system: You are a helpful assistant.
user:
Analyze the provided spectrum to determine if it is a **S-type Star**.

- **Key Indicators for S-type Star:**

    - **(Overall Spectrum Shape):** The first and most obvious characteristic is the overall continuum (the "baseline" shape). It is **extremely "red-sloping,"** meaning the flux (light intensity) is very low on the left side (blue, ~4000-4500 Å) and rises steeply and continuously toward the right side (red, ~7000 Å+).

    - **(Primary):** The spectrum is defined by the presence of strong, broad molecular absorption "valleys" (bands) from **Zirconium Oxide (ZrO)**. The identification of these bands is the **primary requirement** for classifying a star as S-type.
        - **(Key Bandheads):** You must find distinct, deep "dips" where the light has been absorbed. The most critical band systems to locate are:
            - **~6474 Å** ($\gamma$-system): This is often the strongest and clearest ZrO feature, found in the red part of the spectrum.
            - **~5718 Å** & **~5551 Å** ($\beta$-system): A pair of prominent absorption features in the yellow-orange part of the spectrum.
            - **~4640 Å** ($\alpha$-system): A key absorption band system in the blue-green region of the spectrum.

    - **(Secondary Confirmation):** The classification is strengthened by finding additional absorption bands from other related heavy element oxides, which are expected to be present alongside ZrO.
        - **(Key Bandheads):**
            - **Yttrium Oxide (YO):** Look for absorption dips near **~4800 Å** and **~6100 Å**.
            - **Lanthanum Oxide (LaO):** Additional absorption features, particularly in the red-orange part of the spectrum, are also characteristic.

    - **(Line Profile):** The combination of the steep red continuum and these numerous, deep molecular bands (ZrO, YO, etc.) gives the entire spectrum a very **"chopped-up"** or **"bumpy"** appearance. Instead of a smooth curve, the spectrum looks as though large, wide chunks of light have been "carved out" of it at the specific wavelengths listed above.

Think first, call **spectral_visualization_tool** if needed to examine features in detail, then provide your final answer. Your response must adhere to the following strict rules:
1.  **Overall Structure:** Your response must follow the format `<think>...</think> <tool_call>...</tool_call> (if a tool is used) <answer>...</answer>`.
2.  **Tool Usage Constraint:** You may only make **one** tool call per turn.
3.  **Final Answer Format:** In the `<answer>` tag, your conclusion must be inside a `\boxed{}` command (e.g., `\boxed{YES}` or `\boxed{NO}`), followed by your justification.

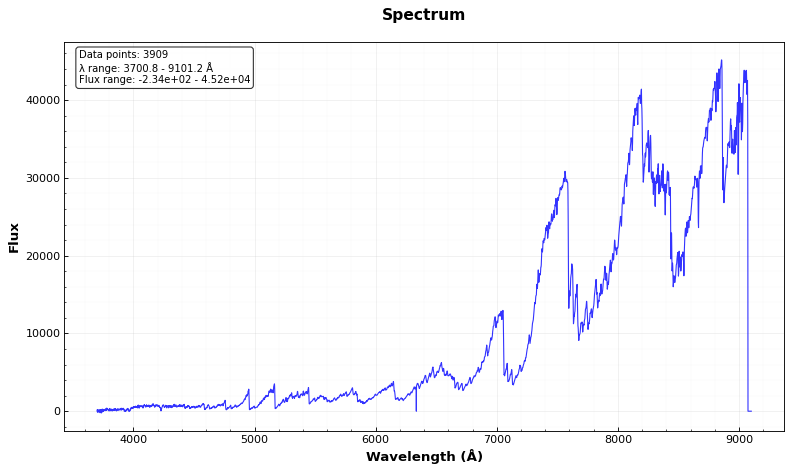
Answer: YES